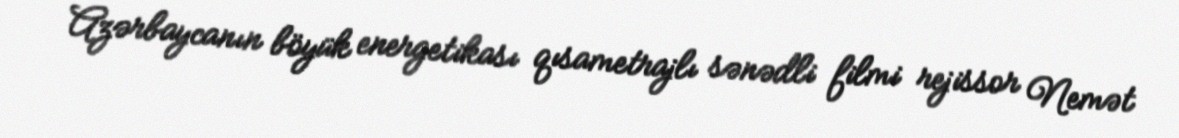
Azərbaycanın böyük energetikası qısametrajlı sənədli filmi rejissor Nemət